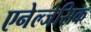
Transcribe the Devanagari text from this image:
एनेल्जेसिक